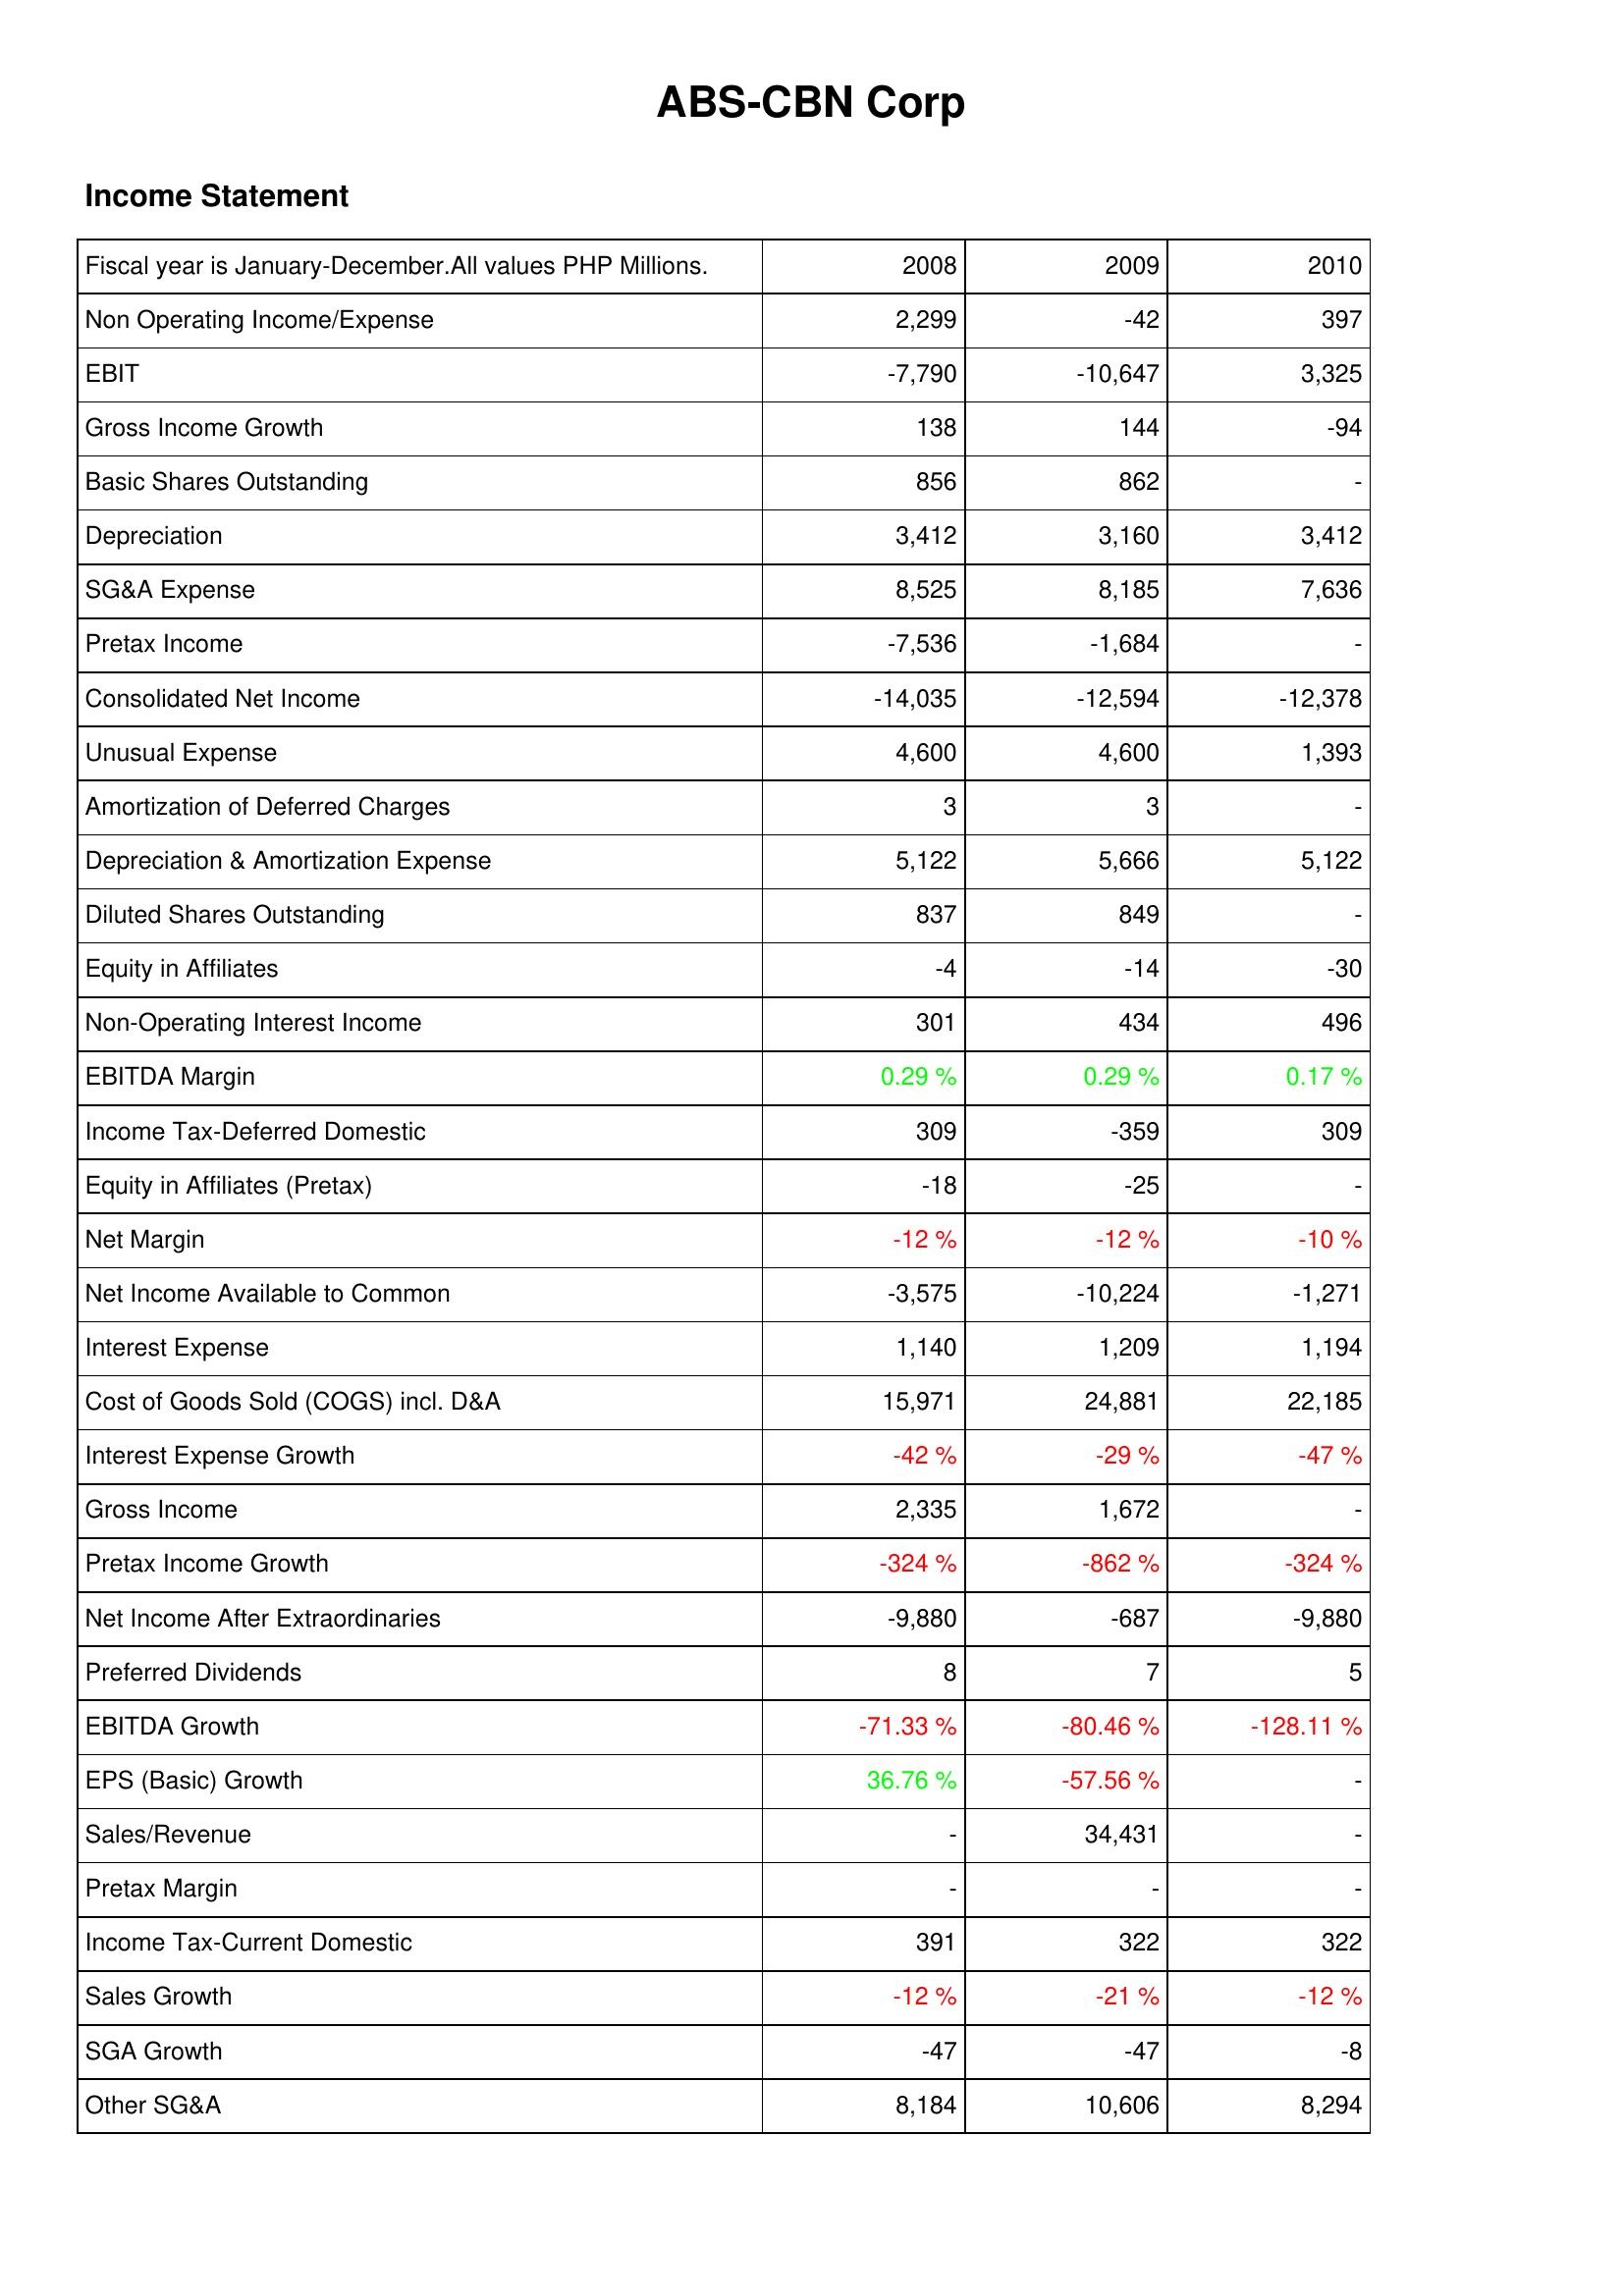
2008: Income Statement: Non Operating Income/Expense: 2,299
EBIT: -7,790
Gross Income Growth: 138
Basic Shares Outstanding: 856
Depreciation: 3,412
SG&A Expense: 8,525
Pretax Income: -7,536
Consolidated Net Income: -14,035
Unusual Expense: 4,600
Amortization of Deferred Charges: 3
Depreciation & Amortization Expense: 5,122
Diluted Shares Outstanding: 837
Equity in Affiliates: -4
Non-Operating Interest Income: 301
EBITDA Margin: 0.29 %
Income Tax-Deferred Domestic: 309
Equity in Affiliates (Pretax): -18
Net Margin: -12 %
Net Income Available to Common: -3,575
Interest Expense: 1,140
Cost of Goods Sold (COGS) incl. D&A: 15,971
Interest Expense Growth: -42 %
Gross Income: 2,335
Pretax Income Growth: -324 %
Net Income After Extraordinaries: -9,880
Preferred Dividends: 8
EBITDA Growth: -71.33 %
EPS (Basic) Growth: 36.76 %
Sales/Revenue: -
Pretax Margin: -
Income Tax-Current Domestic: 391
Sales Growth: -12 %
SGA Growth: -47
Other SG&A: 8,184
2009: Income Statement: Non Operating Income/Expense: -42
EBIT: -10,647
Gross Income Growth: 144
Basic Shares Outstanding: 862
Depreciation: 3,160
SG&A Expense: 8,185
Pretax Income: -1,684
Consolidated Net Income: -12,594
Unusual Expense: 4,600
Amortization of Deferred Charges: 3
Depreciation & Amortization Expense: 5,666
Diluted Shares Outstanding: 849
Equity in Affiliates: -14
Non-Operating Interest Income: 434
EBITDA Margin: 0.29 %
Income Tax-Deferred Domestic: -359
Equity in Affiliates (Pretax): -25
Net Margin: -12 %
Net Income Available to Common: -10,224
Interest Expense: 1,209
Cost of Goods Sold (COGS) incl. D&A: 24,881
Interest Expense Growth: -29 %
Gross Income: 1,672
Pretax Income Growth: -862 %
Net Income After Extraordinaries: -687
Preferred Dividends: 7
EBITDA Growth: -80.46 %
EPS (Basic) Growth: -57.56 %
Sales/Revenue: 34,431
Pretax Margin: -
Income Tax-Current Domestic: 322
Sales Growth: -21 %
SGA Growth: -47
Other SG&A: 10,606
2010: Income Statement: Non Operating Income/Expense: 397
EBIT: 3,325
Gross Income Growth: -94
Basic Shares Outstanding: -
Depreciation: 3,412
SG&A Expense: 7,636
Pretax Income: -
Consolidated Net Income: -12,378
Unusual Expense: 1,393
Amortization of Deferred Charges: -
Depreciation & Amortization Expense: 5,122
Diluted Shares Outstanding: -
Equity in Affiliates: -30
Non-Operating Interest Income: 496
EBITDA Margin: 0.17 %
Income Tax-Deferred Domestic: 309
Equity in Affiliates (Pretax): -
Net Margin: -10 %
Net Income Available to Common: -1,271
Interest Expense: 1,194
Cost of Goods Sold (COGS) incl. D&A: 22,185
Interest Expense Growth: -47 %
Gross Income: -
Pretax Income Growth: -324 %
Net Income After Extraordinaries: -9,880
Preferred Dividends: 5
EBITDA Growth: -128.11 %
EPS (Basic) Growth: -
Sales/Revenue: -
Pretax Margin: -
Income Tax-Current Domestic: 322
Sales Growth: -12 %
SGA Growth: -8
Other SG&A: 8,294